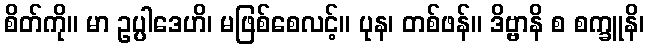
စိတ်ကို။ မာ ဥပ္ပါဒေဟိ၊ မဖြစ်စေလင့်။ ပုန၊ တစ်ဖန်။ ဒိဗ္ဗာနိ စ စက္ခူနိ၊